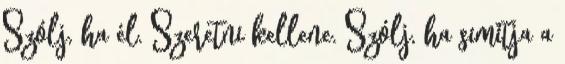
Szólj, ha él. Szeretni kellene. Szólj, ha simítja a